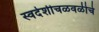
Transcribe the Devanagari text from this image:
स्वदेशीचळवळीचे